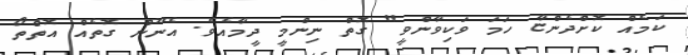
ކަމެެއް ކޮށްދެންޏާ ހަމަ ވަކިވާންވީ" ގޮތް ނިންމީ ދީމާއެވެ. އެނޫން ގޮތެއް އޮތްތޯ